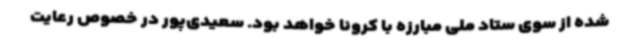
شده از سوی ستاد ملی مبارزه با کرونا خواهد بود. سعیدی‌پور در خصوص رعایت